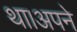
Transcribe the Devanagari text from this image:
था।अपने